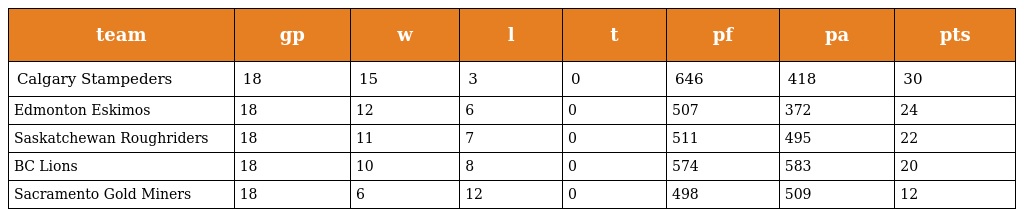
| team | gp | w | l | t | pf | pa | pts |
 | --- | --- | --- | --- | --- | --- | --- | --- |
 | Calgary Stampeders | 18 | 15 | 3 | 0 | 646 | 418 | 30 |
 | Edmonton Eskimos | 18 | 12 | 6 | 0 | 507 | 372 | 24 |
 | Saskatchewan Roughriders | 18 | 11 | 7 | 0 | 511 | 495 | 22 |
 | BC Lions | 18 | 10 | 8 | 0 | 574 | 583 | 20 |
 | Sacramento Gold Miners | 18 | 6 | 12 | 0 | 498 | 509 | 12 |